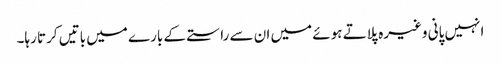
انہیں پانی وغیرہ پلاتے ہوئے میں ان سے راستے کے بارے میں باتیں کرتا رہا۔